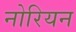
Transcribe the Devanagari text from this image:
नोरियन